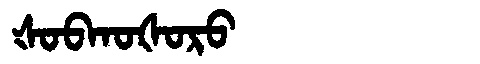
Manchu: ᡧᠣᠪᡴᠣᡧᠣᡵᠣ
Romanization: ŠOBKOŠORO